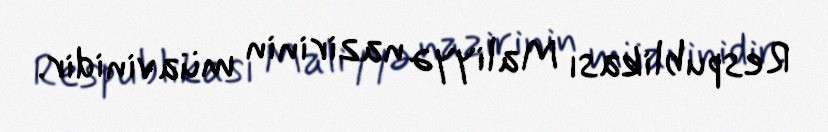
Respublikası Maliyyə nazirinin müavinidir.